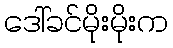
ဒေါ်ခင်မိုးမိုးက